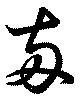
兩